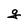
Character: g